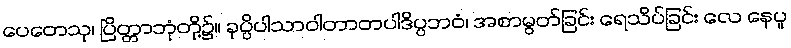
ပေတေသု၊ ပြိတ္တာဘုံတို့၌။ ခုပ္ပိပါသာဝါတာတပါဒိပ္ပဘဝံ၊ အစာမွတ်ခြင်း ရေသိပ်ခြင်း လေ နေပူ